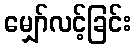
မျှော်လင့်ခြင်း